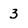
Character: 3